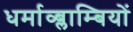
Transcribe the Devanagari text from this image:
धर्माव्ब्लाम्बियों